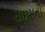
રાઇસની